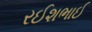
રઈશભાઈ